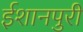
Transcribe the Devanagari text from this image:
ईशानपुरी